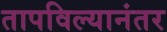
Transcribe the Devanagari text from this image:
तापविल्यानंतर